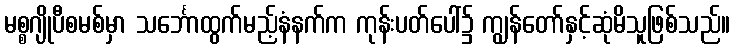
မစ္စဂျိုပီစမစ်မှာ သင်္ဘောထွက်မည့်နံနက်က ကုန်းပတ်ပေါ်၌ ကျွန်တော်နှင့်ဆုံမိသူဖြစ်သည်။